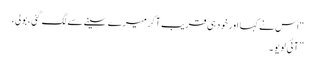
“ اس نے کہا اور خودہی قریب آکر میرے سینے سے لگ گئی ،بولی،
” آئی لو یو ۔